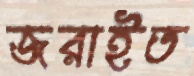
জরাইত